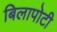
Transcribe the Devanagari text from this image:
बिलापोटी